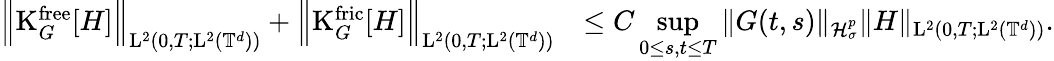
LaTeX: \begin{array}{rl}{\Big\Vert\mathrm{K}_{G}^{\mathrm{free}}[H]\Big\Vert_{\mathrm{L}^{2}(0,T;\mathrm{L}^{2}(\mathbb T^{d}))}+\Big\Vert\mathrm{K}_{G}^{\mathrm{fric}}[H]\Big\Vert_{\mathrm{L}^{2}(0,T;\mathrm{L}^{2}(\mathbb T^{d}))}}&{\leq C\underset{0\leq s,t\leq T}{\operatorname*{sup}}\Vert G(t,s)\Vert_{\mathcal{H}_{\sigma}^{p}}\Vert H\Vert_{\mathrm{L}^{2}(0,T;\mathrm{L}^{2}(\mathbb T^{d}))}.}\end{array}